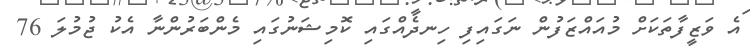
އެ ވަޒީފާތަކަށް މުއައްޒަފުން ނަގައިފި ހިނދެއްގައި ކޮމިޝަނުގައި މެންބަރުންނާ އެކު ޖުމުލަ 76